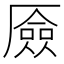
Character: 厱